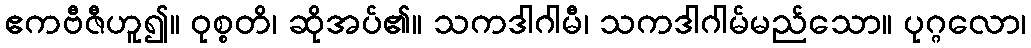
ဧကဗီဇီဟူ၍။ ဝုစ္စတိ၊ ဆိုအပ်၏။ သကဒါဂါမီ၊ သကဒါဂါမ်မည်သော။ ပုဂ္ဂလော၊